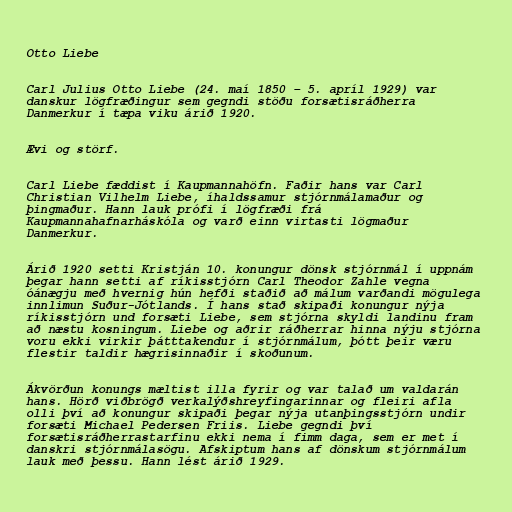
Otto Liebe

Carl Julius Otto Liebe (24. maí 1850 – 5. apríl 1929) var
danskur lögfræðingur sem gegndi stöðu forsætisráðherra
Danmerkur í tæpa viku árið 1920.

Ævi og störf.

Carl Liebe fæddist í Kaupmannahöfn. Faðir hans var Carl
Christian Vilhelm Liebe, íhaldssamur stjórnmálamaður og
þingmaður. Hann lauk prófi í lögfræði frá
Kaupmannahafnarháskóla og varð einn virtasti lögmaður
Danmerkur.

Árið 1920 setti Kristján 10. konungur dönsk stjórnmál í uppnám
þegar hann setti af ríkisstjórn Carl Theodor Zahle vegna
óánægju með hvernig hún hefði staðið að málum varðandi mögulega
innlimun Suður-Jótlands. Í hans stað skipaði konungur nýja
ríkisstjórn und forsæti Liebe, sem stjórna skyldi landinu fram
að næstu kosningum. Liebe og aðrir ráðherrar hinna nýju stjórna
voru ekki virkir þátttakendur í stjórnmálum, þótt þeir væru
flestir taldir hægrisinnaðir í skoðunum.

Ákvörðun konungs mæltist illa fyrir og var talað um valdarán
hans. Hörð viðbrögð verkalýðshreyfingarinnar og fleiri afla
olli því að konungur skipaði þegar nýja utanþingsstjórn undir
forsæti Michael Pedersen Friis. Liebe gegndi því
forsætisráðherrastarfinu ekki nema í fimm daga, sem er met í
danskri stjórnmálasögu. Afskiptum hans af dönskum stjórnmálum
lauk með þessu. Hann lést árið 1929.